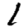
Digit: 1